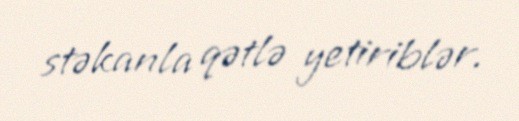
stəkanla qətlə yetiriblər.